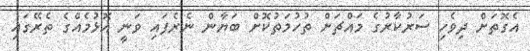
އެގޮތަށް ދިވެހި ސަރުކާރުގެ މައްޗަށް ތުހުމަތުކޮށް ބަޔާން ނެރެފައި ވަނީ އޮޅުމެއްގެ ތެރޭގައި